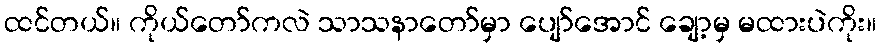
ထင်တယ်။ ကိုယ်တော်ကလဲ သာသနာတော်မှာ ပျော်အောင် ချော့မှ မထားပဲကိုး။